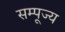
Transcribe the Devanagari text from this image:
सम्पूज्य